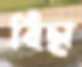
বিছা